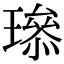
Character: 𤩨